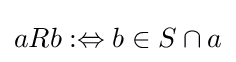
{\textstyle aRb:\Leftrightarrow b\in S\cap a}